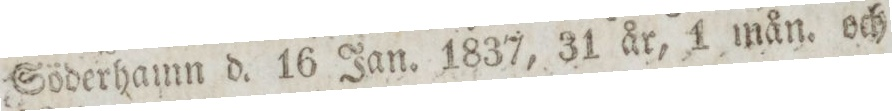
Söderhamn d. 16 Jan. 1837, 31 år, 1 mån. och